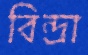
বিন্দ্রা